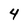
Character: 4